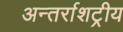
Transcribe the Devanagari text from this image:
अन्तर्राशट्रीय